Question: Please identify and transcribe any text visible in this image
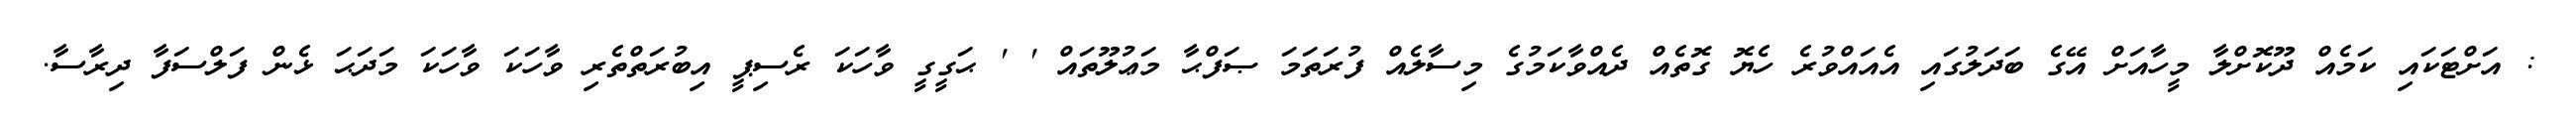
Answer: : އަށްޓަކައި ކަމެއް ދޫކޮށްލާ މީހާއަށް އޭގެ ބަދަލުގައި އެއައްވުރެ ހެޔޮ ގޮތެއް ދެއްވާކަމުގެ މިސާލެއް ފުރަތަމަ ޞަފްޙާ މަޢުލޫތައް ' ' ޙަގީގީ ވާހަކަ ރެސިޕީ އިބުރަތްތެރި ވާހަކަ ވާހަކަ މަދަޙަ ޅެން ފަލްސަފާ ދިރާސާ.